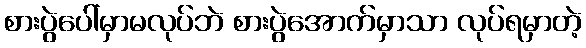
စားပွဲပေါ်မှာမလုပ်ဘဲ စားပွဲအောက်မှာသာ လုပ်ရမှာတဲ့